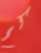
كم